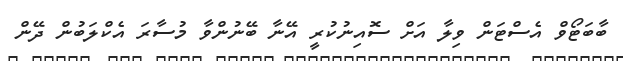
ބާބަޓޯވް އެސްޓަން ވިލާ އަށް ސޮއިނުކުރީ އޭނާ ބޭނުންވާ މުސާރަ އެކްލަބުން ދޭން